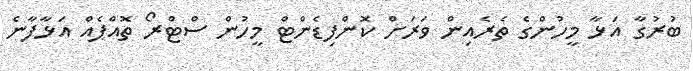
ބުރުގާ އަޅާ މީހުންގެ ތެރެއިން ވަރަށް ކޮންފިޑެންޓް މީހުން ސްޓްރޯ ތޮއްޕެއް އަޅާފާނެ